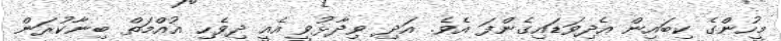
މީހުންގެ ކިބައިން އެދިވަޑައިގެންފަ އެވެ. އަދި ވިދާޅުވީ އެއީ ދިވެހި އުއްމަތް ބިނާކުރަން